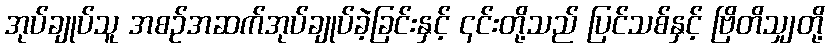
အုပ်ချုပ်သူ အစဉ်အဆက်အုပ်ချုပ်ခဲ့ခြင်းနှင့် ၎င်းတို့သည် ပြင်သစ်နှင့် ဗြိတိသျှတို့